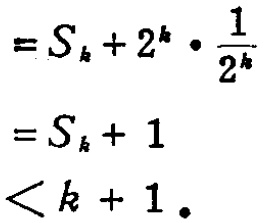
\[
\begin{align*}
&=S_{k}+2^{k}\cdot\frac{1}{2^{k}}\\
&=S_{k}+1\\
&<k + 1.
\end{align*}
\]